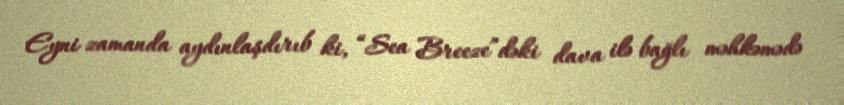
Eyni zamanda aydınlaşdırıb ki, “Sea Breeze”dəki dava ilə bağlı məhkəmədə